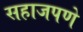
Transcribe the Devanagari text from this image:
सहाजपणे